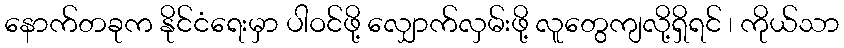
နောက်တခုက နိုင်ငံရေးမှာ ပါဝင်ဖို့ လျှောက်လှမ်းဖို့ လူတွေကျလို့ရှိရင် ၊ ကိုယ်သာ